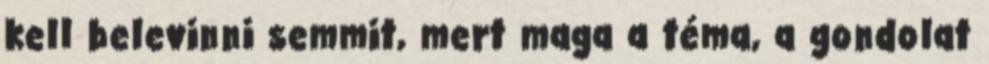
kell belevinni semmit, mert maga a téma, a gondolat